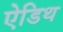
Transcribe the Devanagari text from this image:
ऐडिथ